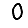
Digit: 0